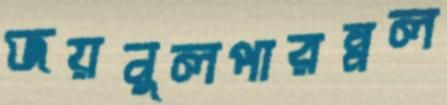
জয়নুলপারম্নল